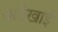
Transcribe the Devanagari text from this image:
अदेखाई